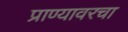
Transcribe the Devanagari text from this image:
प्राण्यावरचा